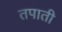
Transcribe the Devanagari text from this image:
तपाती